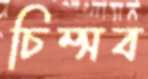
চিম্‌সব